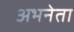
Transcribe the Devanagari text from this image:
अभनेता